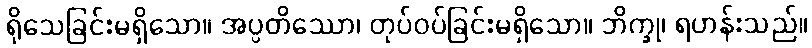
ရိုသေခြင်းမရှိသော။ အပ္ပတိဿော၊ တုပ်ဝပ်ခြင်းမရှိသော။ ဘိက္ခု၊ ရဟန်းသည်။